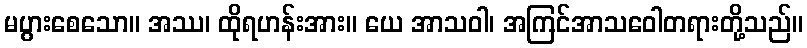
မပွားစေသော။ အဿ၊ ထိုရဟန်းအား။ ယေ အာသဝါ၊ အကြင်အာသဝေါတရားတို့သည်။